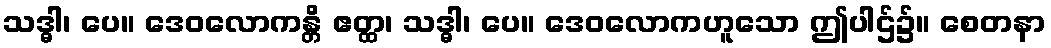
သဒ္ဓါ၊ ပေ။ ဒေဝလောကန္တိ ဧတ္ထ၊ သဒ္ဓါ၊ ပေ။ ဒေဝလောကဟူသော ဤပါဌ်၌။ စေတနာ